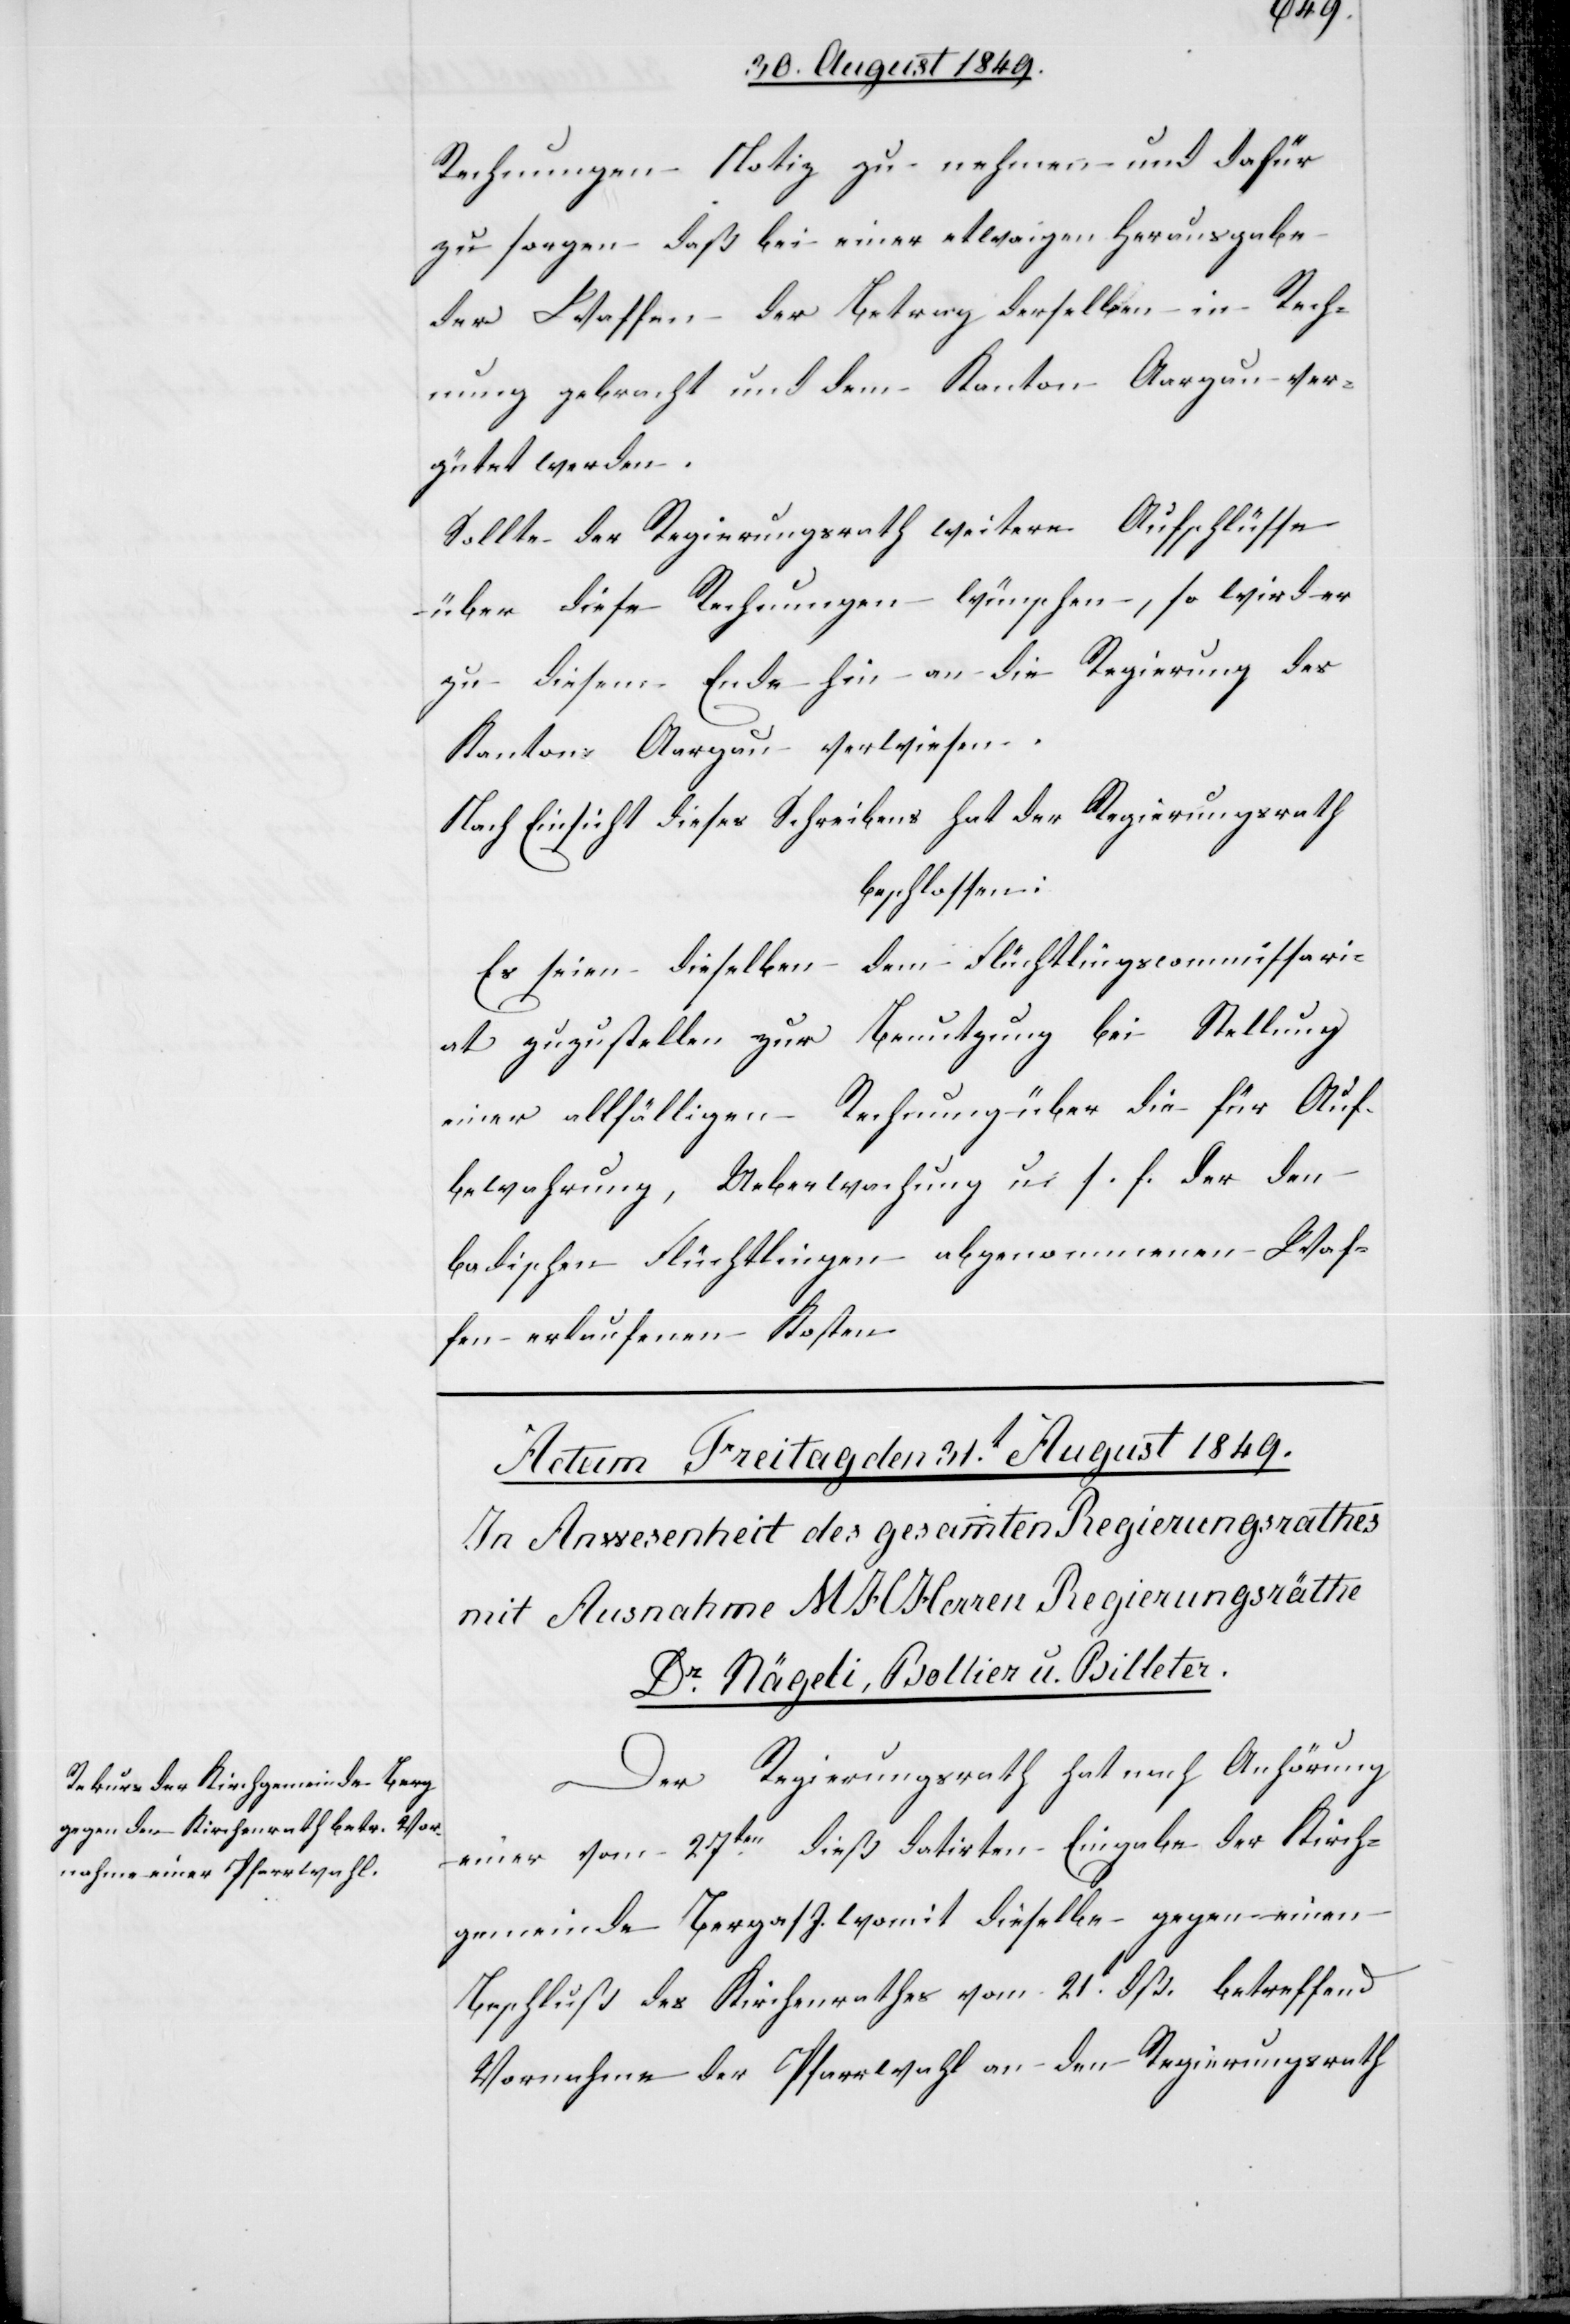
Rechnungen Notiz zu nehmen und dafür
zu sorgen – daß bei einer etwaigen Herausgabe
der Waffen der Betrag derselben in Rech¬
nung gebracht und dem Kanton Aargau ver¬
gütet werden
Sollte der Regierungsrath weitere Aufschlüsse
über diese Rechnungen wünschen, so wird er
zu diesem Ende hin an die Regierung des
Kantons Aargau verwiesen.
Nach Einsicht dieses Schreibens hat der Regierungsrath
beschlossen:
Es seien dieselben dem Flüchtlingscommissari¬
at zuzustellen zur Benutzung bei Stellung
einer allfälligen Rechnung über die für Auf¬
bewahrung, Ueberwachung u. s. f. der den
badischen Flüchtlingen abgenommenen Waf¬
fen erlaufenen Kosten.
Der Regierungsrath hat nach Anhörung
einer vom 27ten dieß datirten Eingabe der Kirch¬
gemeinde Berg a/I. womit dieselbe gegen einen
Beschluß des Kirchenrathes vom 21t dß. betreffend
Vornahme der Pfarrwahl an den Regierungsrath